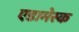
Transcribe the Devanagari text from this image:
एडामेस्क